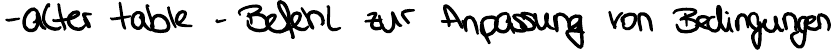
-alter table - Befehl zur Anpassung von Bedingungen